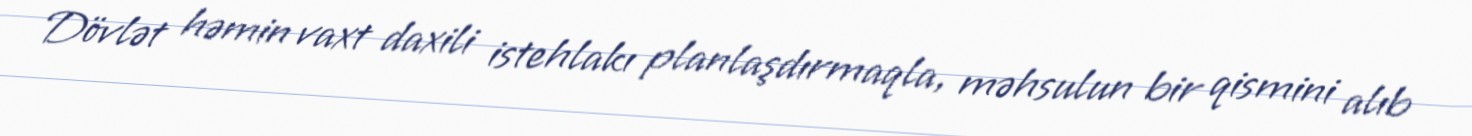
Dövlət həmin vaxt daxili istehlakı planlaşdırmaqla, məhsulun bir qismini alıb